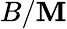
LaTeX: B/\mathbf{M}